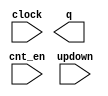
// megafunction wizard: %LPM_COUNTER%VBB%
// GENERATION: STANDARD
// VERSION: WM1.0
// MODULE: LPM_COUNTER 

// ============================================================
// Megafunction Name(s):
// 			LPM_COUNTER
//
// Simulation Library Files(s):
// 			lpm
// ============================================================
// ************************************************************
// THIS IS A WIZARD-GENERATED FILE. DO NOT EDIT THIS FILE!
//
// 14.1.0 Build 186 12/03/2014 SJ Full Version
// ************************************************************

//Copyright (C) 1991-2014 Altera Corporation. All rights reserved.
//Your use of Altera Corporation's design tools, logic functions 
//and other software and tools, and its AMPP partner logic 
//functions, and any output files from any of the foregoing 
//(including device programming or simulation files), and any 
//associated documentation or information are expressly subject 
//to the terms and conditions of the Altera Program License 
//Subscription Agreement, the Altera Quartus II License Agreement,
//the Altera MegaCore Function License Agreement, or other 
//applicable license agreement, including, without limitation, 
//that your use is for the sole purpose of programming logic 
//devices manufactured by Altera and sold by Altera or its 
//authorized distributors.  Please refer to the applicable 
//agreement for further details.

module updown_count16 (
	clock,
	cnt_en,
	updown,
	q);

	input	  clock;
	input	  cnt_en;
	input	  updown;
	output	[15:0]  q;

endmodule

// ============================================================
// CNX file retrieval info
// ============================================================
// Retrieval info: PRIVATE: ACLR NUMERIC "0"
// Retrieval info: PRIVATE: ALOAD NUMERIC "0"
// Retrieval info: PRIVATE: ASET NUMERIC "0"
// Retrieval info: PRIVATE: ASET_ALL1 NUMERIC "1"
// Retrieval info: PRIVATE: CLK_EN NUMERIC "0"
// Retrieval info: PRIVATE: CNT_EN NUMERIC "1"
// Retrieval info: PRIVATE: CarryIn NUMERIC "0"
// Retrieval info: PRIVATE: CarryOut NUMERIC "0"
// Retrieval info: PRIVATE: Direction NUMERIC "2"
// Retrieval info: PRIVATE: INTENDED_DEVICE_FAMILY STRING "Cyclone V"
// Retrieval info: PRIVATE: ModulusCounter NUMERIC "0"
// Retrieval info: PRIVATE: ModulusValue NUMERIC "0"
// Retrieval info: PRIVATE: SCLR NUMERIC "0"
// Retrieval info: PRIVATE: SLOAD NUMERIC "0"
// Retrieval info: PRIVATE: SSET NUMERIC "0"
// Retrieval info: PRIVATE: SSET_ALL1 NUMERIC "1"
// Retrieval info: PRIVATE: SYNTH_WRAPPER_GEN_POSTFIX STRING "0"
// Retrieval info: PRIVATE: nBit NUMERIC "16"
// Retrieval info: PRIVATE: new_diagram STRING "1"
// Retrieval info: LIBRARY: lpm lpm.lpm_components.all
// Retrieval info: CONSTANT: LPM_DIRECTION STRING "UNUSED"
// Retrieval info: CONSTANT: LPM_PORT_UPDOWN STRING "PORT_USED"
// Retrieval info: CONSTANT: LPM_TYPE STRING "LPM_COUNTER"
// Retrieval info: CONSTANT: LPM_WIDTH NUMERIC "16"
// Retrieval info: USED_PORT: clock 0 0 0 0 INPUT NODEFVAL "clock"
// Retrieval info: USED_PORT: cnt_en 0 0 0 0 INPUT NODEFVAL "cnt_en"
// Retrieval info: USED_PORT: q 0 0 16 0 OUTPUT NODEFVAL "q[15..0]"
// Retrieval info: USED_PORT: updown 0 0 0 0 INPUT NODEFVAL "updown"
// Retrieval info: CONNECT: @clock 0 0 0 0 clock 0 0 0 0
// Retrieval info: CONNECT: @cnt_en 0 0 0 0 cnt_en 0 0 0 0
// Retrieval info: CONNECT: @updown 0 0 0 0 updown 0 0 0 0
// Retrieval info: CONNECT: q 0 0 16 0 @q 0 0 16 0
// Retrieval info: GEN_FILE: TYPE_NORMAL updown_count16.v TRUE
// Retrieval info: GEN_FILE: TYPE_NORMAL updown_count16.inc FALSE
// Retrieval info: GEN_FILE: TYPE_NORMAL updown_count16.cmp FALSE
// Retrieval info: GEN_FILE: TYPE_NORMAL updown_count16.bsf FALSE
// Retrieval info: GEN_FILE: TYPE_NORMAL updown_count16_inst.v TRUE
// Retrieval info: GEN_FILE: TYPE_NORMAL updown_count16_bb.v TRUE
// Retrieval info: LIB_FILE: lpm